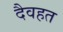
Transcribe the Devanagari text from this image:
दैवहत